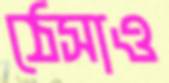
ঠেসাও